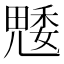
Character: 𮫢